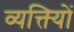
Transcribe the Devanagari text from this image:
व्यक्त्याेिं